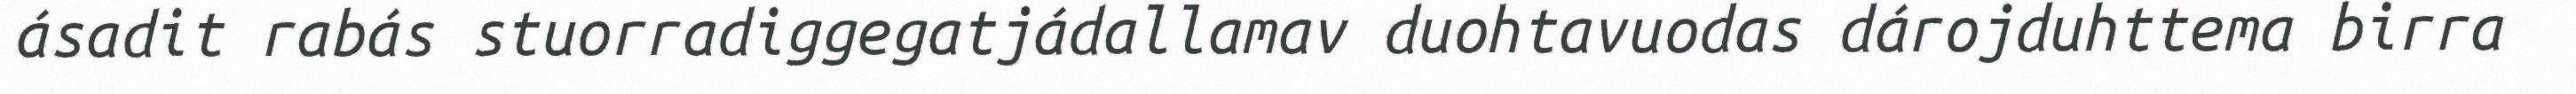
ásadit rabás stuorradiggegatjádallamav duohtavuodas dárojduhttema birra